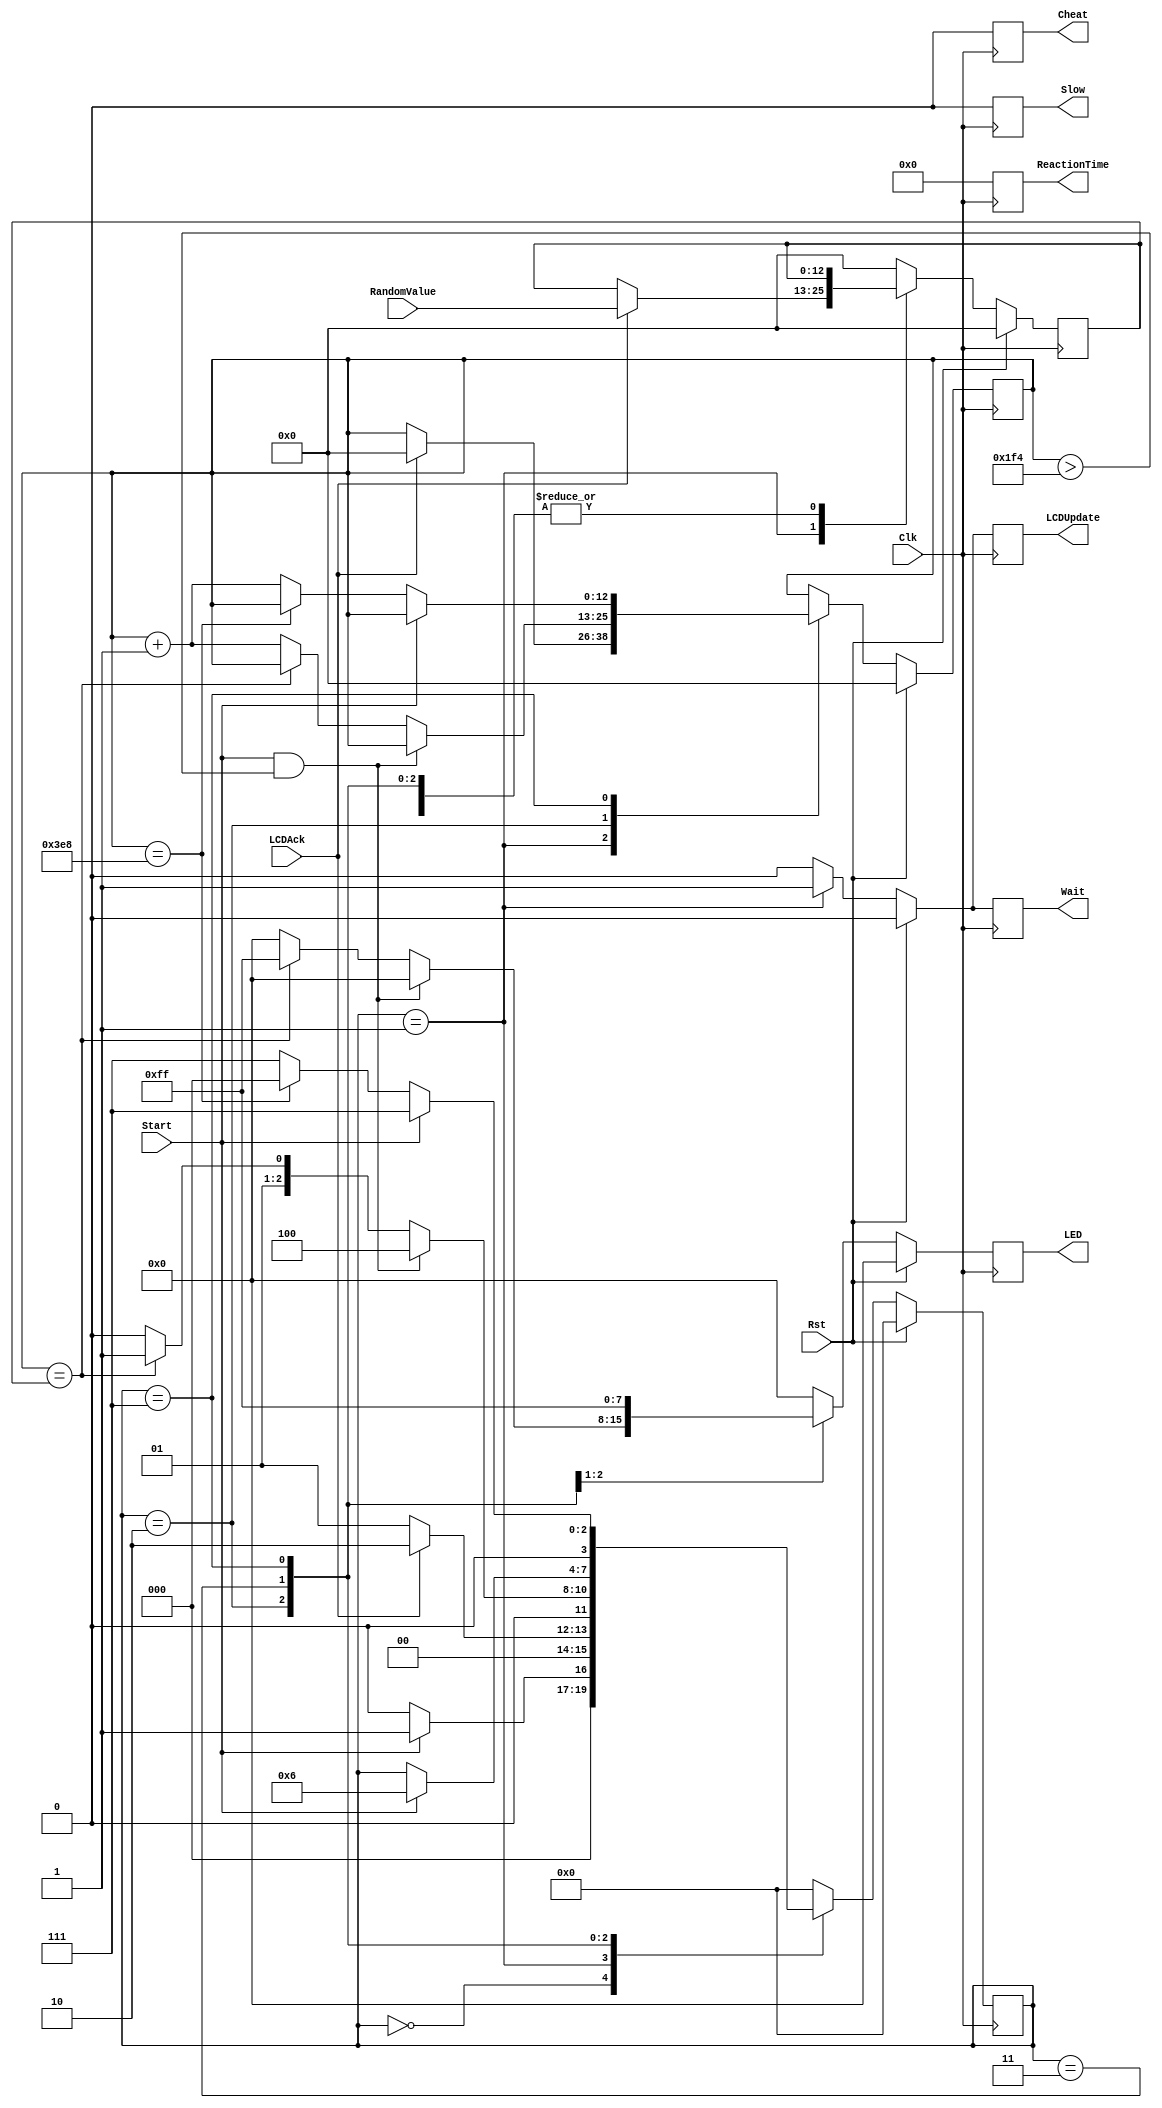
`timescale 1ns / 1ns

module ReactionTimer(Clk, Rst, Start, LED, ReactionTime, Cheat, Slow, Wait, RandomValue, LCDUpdate, LCDAck);

   input Start, LCDAck, Clk, Rst;
	input [12:0] RandomValue;
   output reg [9:0] ReactionTime;
	output reg [7:0] LED;
   output reg Cheat, Slow, Wait;
	output reg LCDUpdate;
	
	parameter S_Init		  = 0,
				 S_WaitMsg    = 1,
				 S_RandomWait = 2,
				 S_Measure    = 3,
				 S_Cheat      = 4,
				 S_Slow		  = 5,
				 S_Display    = 6,
				 S_EndWait    = 7;
				 
	reg [3:0] State;
	reg [9:0] MeasuredTime;
	reg [12:0] WaitTime;
	reg [12:0] WaitCnt;
	
	always @(posedge Clk) begin
		if	(Rst == 1) begin
		State <= S_Init;
		LED <= 0;
		Cheat <= 0;
		Slow <= 0;
		Wait <= 0;
		ReactionTime <= 0;
		LCDUpdate <= 0;
		WaitTime <= 0;
		WaitCnt <= 0;
		MeasuredTime <= 0;
		end
		else begin
			//Default Values
			LED <= 0;
			Cheat <= 0;
			Slow <= 0;
			Wait <= 0;
			ReactionTime <= 0;
			LCDUpdate <= 0;
		
			case (State)
				S_Init: begin
					MeasuredTime <= 0;
					if(Start == 1) begin
						State <= S_WaitMsg;
					end
					else begin
						State <= S_Init;
					end
				end
				
				S_WaitMsg: begin
					Wait <= 1;
					LCDUpdate <= 1;
					if(LCDAck == 1) begin
						WaitTime <= RandomValue;
						WaitCnt <= 0;
						State <= S_RandomWait;
					end
					else begin
						State <= S_WaitMsg;
					end
				end
				
				S_RandomWait: begin
					if(Start == 1 && WaitCnt > 500) begin
						State <= S_Cheat;
					end
					else if (WaitCnt == WaitTime) begin
						LED <= 8'hFF;
						State <= S_Measure;
					end
					else begin
						WaitCnt <= WaitCnt + 1;
						State <= S_RandomWait;
					end
				end
				
				S_Measure: begin
					LED <= 8'hFF;
					if(Start == 1) begin
						State <= S_Display;
					end
				end
				
				S_EndWait: begin
					if(Start == 1) begin
						State <= S_EndWait;
					end
					else if(WaitCnt == 1000) begin
						State <= S_Init;
					end
					else begin
						WaitCnt <= WaitCnt + 1;
						State <= S_EndWait;
					end
				end
				
				default: begin
					State <= S_Init;
					WaitTime <= 0;
					MeasuredTime <= 0;
				end
			endcase
		end
	end
endmodule